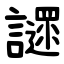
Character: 䜚